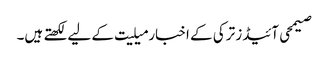
صیمحی آئیڈز ترکی کے اخبار میلیت کے لیے لکھتے ہیں۔